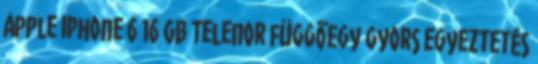
Apple iPhone 6 16 GB Telenor függőEgy gyors egyeztetés